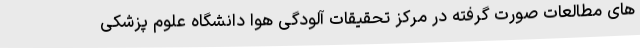
های مطالعات صورت گرفته در مرکز تحقیقات آلودگی هوا دانشگاه علوم پزشکی